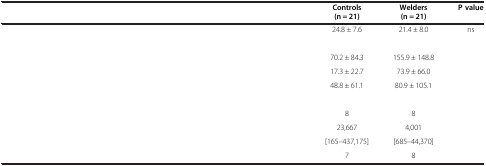
<table><thead><tr><td>[EMPTY_CELL]</td><td><b>Controls</b></td><td><b>Welders</b></td><td><b>P value</b></td></tr><tr><td>[EMPTY_CELL]</td><td><b>(n = 21)</b></td><td><b>(n = 21)</b></td><td>[EMPTY_CELL]</td></tr></thead><tbody><tr><td>[EMPTY_CELL]</td><td>24.8 ± 7.6</td><td>21.4 ± 8.0</td><td>ns</td></tr><tr><td>[EMPTY_CELL]</td><td>[EMPTY_CELL]</td><td>[EMPTY_CELL]</td><td>[EMPTY_CELL]</td></tr><tr><td>[EMPTY_CELL]</td><td>70.2 ± 84.3</td><td>155.9 ± 148.8</td><td>[EMPTY_CELL]</td></tr><tr><td>[EMPTY_CELL]</td><td>17.3 ± 22.7</td><td>73.9 ± 66.0</td><td>[EMPTY_CELL]</td></tr><tr><td>[EMPTY_CELL]</td><td>48.8 ± 61.1</td><td>80.9 ± 105.1</td><td>[EMPTY_CELL]</td></tr><tr><td>[EMPTY_CELL]</td><td>[EMPTY_CELL]</td><td>[EMPTY_CELL]</td><td>[EMPTY_CELL]</td></tr><tr><td>[EMPTY_CELL]</td><td>8</td><td>8</td><td>[EMPTY_CELL]</td></tr><tr><td>[EMPTY_CELL]</td><td>23,667</td><td>4,001</td><td>[EMPTY_CELL]</td></tr><tr><td>[EMPTY_CELL]</td><td>[165–437,175]</td><td>[685–44,370]</td><td>[EMPTY_CELL]</td></tr><tr><td>[EMPTY_CELL]</td><td>7</td><td>8</td><td>[EMPTY_CELL]</td></tr></tbody></table>